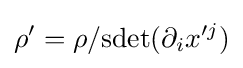
\rho ^{\prime }=\rho /{\rm {sdet}}(\partial _{i}x^{\prime j})